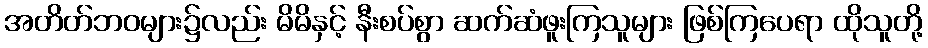
အတိတ်ဘဝများ၌လည်း မိမိနှင့် နီးစပ်စွာ ဆက်ဆံဖူးကြသူများ ဖြစ်ကြပေရာ ထိုသူတို့